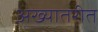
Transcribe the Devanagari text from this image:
अख्यातरीत